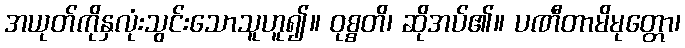
အယုတ်ကိုနှလုံးသွင်းသောသူဟူ၍။ ဝုစ္စတိ၊ ဆိုအပ်၏။ ပဏီတာမိမုတ္တော၊